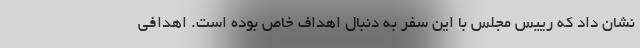
نشان داد که رییس مجلس با این سفر به دنبال اهداف خاص بوده است. اهدافی